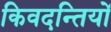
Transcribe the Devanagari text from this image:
किवदन्तियों